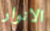
الانوار